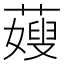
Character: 䕅